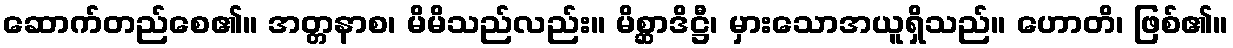
ဆောက်တည်စေ၏။ အတ္တနာစ၊ မိမိသည်လည်း။ မိစ္ဆာဒိဋ္ဌီ၊ မှားသောအယူရှိသည်။ ဟောတိ၊ ဖြစ်၏။